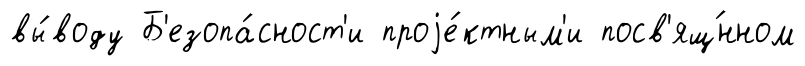
вы́воду Б'езопа́сност'и проjе́ктным'и посв'ящ́нном